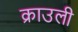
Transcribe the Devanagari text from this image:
क्राउली